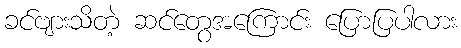
ခင်ဗျားသိတဲ့ ဆင်တွေအကြောင်း ပြောပြပါလား